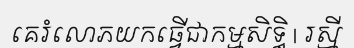
គេរំលោភយកធ្វើជាកម្មសិទ្ធិ | រស្មី